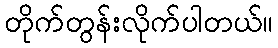
တိုက်တွန်းလိုက်ပါတယ်။